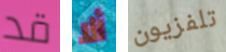
قد ألا تلفزيون